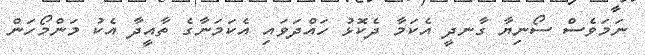
ނަމަވެސް ސޯނިޔާ ގާނދީ އެކަމާ ދެކޮޅު ހައްދަވައި އެކަމަނާގެ ތާއީދާ އެކު މަންމޯހަން